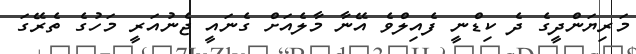
މަރިޔަންދީގެ ދެ ކިޑްނީ ފެއިލްވެ އޭނާ މާލެއަށް ގެނައީ ޖެނުއަރީ މަހުގެ ތެރޭގަ